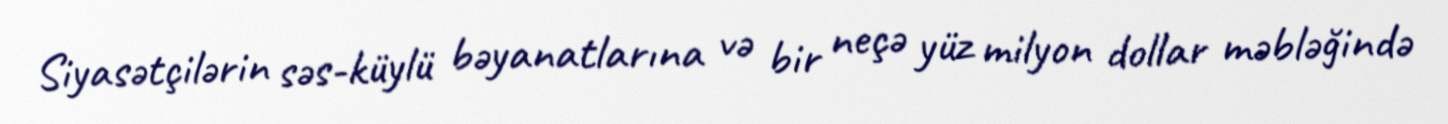
Siyasətçilərin səs-küylü bəyanatlarına və bir neçə yüz milyon dollar məbləğində